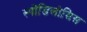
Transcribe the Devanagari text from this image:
स्पोंडिलोसिस